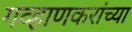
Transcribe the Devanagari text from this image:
गव्हाणकरांच्या